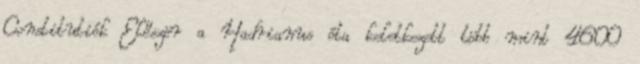
Constitutiók Először a Hadrianus óta keletkezett több mint 4600